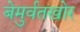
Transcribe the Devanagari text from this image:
बेमुर्वतखोर